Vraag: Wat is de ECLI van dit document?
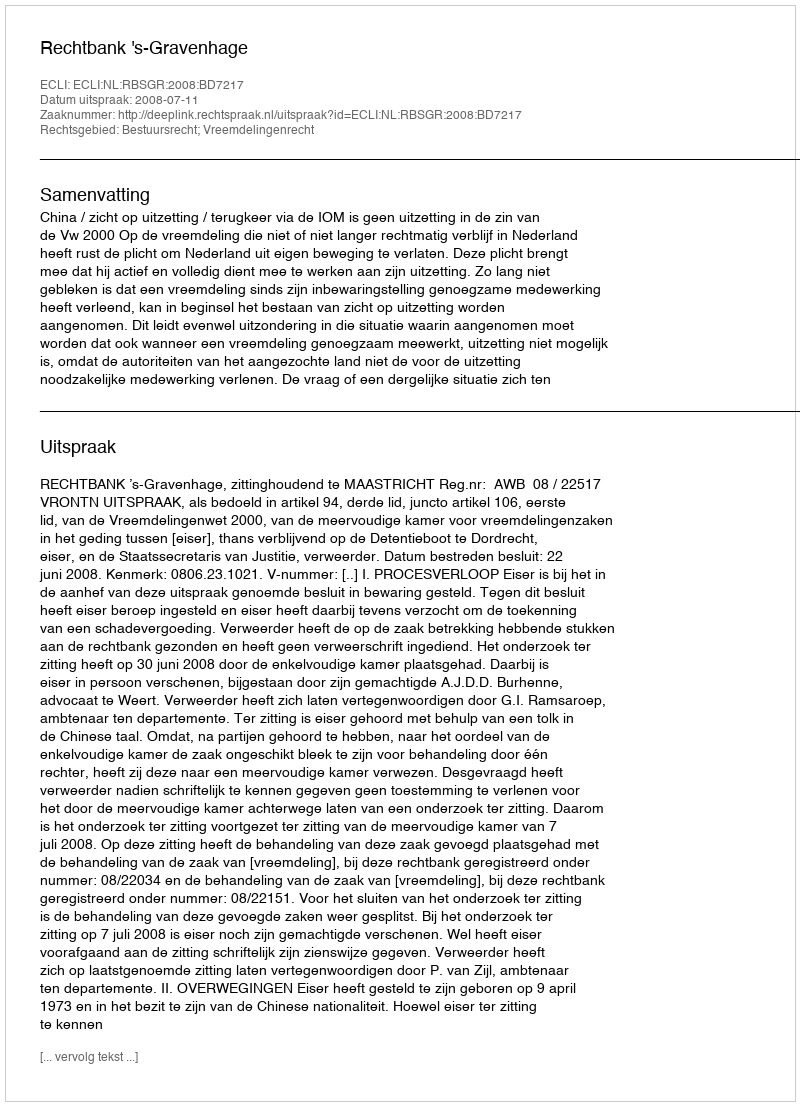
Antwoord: ECLI:NL:RBSGR:2008:BD7217